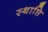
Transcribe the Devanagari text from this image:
स्थाप्ति